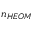
n _ { H E O M }